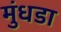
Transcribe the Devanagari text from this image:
मुंधडा